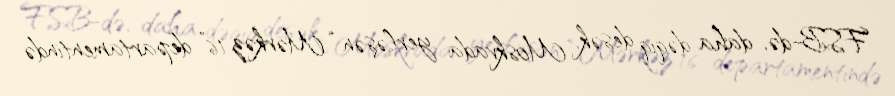
FSB-də, daha dəqiq desək, Moskvada yerləşən “Mərkəz 16” departamentində